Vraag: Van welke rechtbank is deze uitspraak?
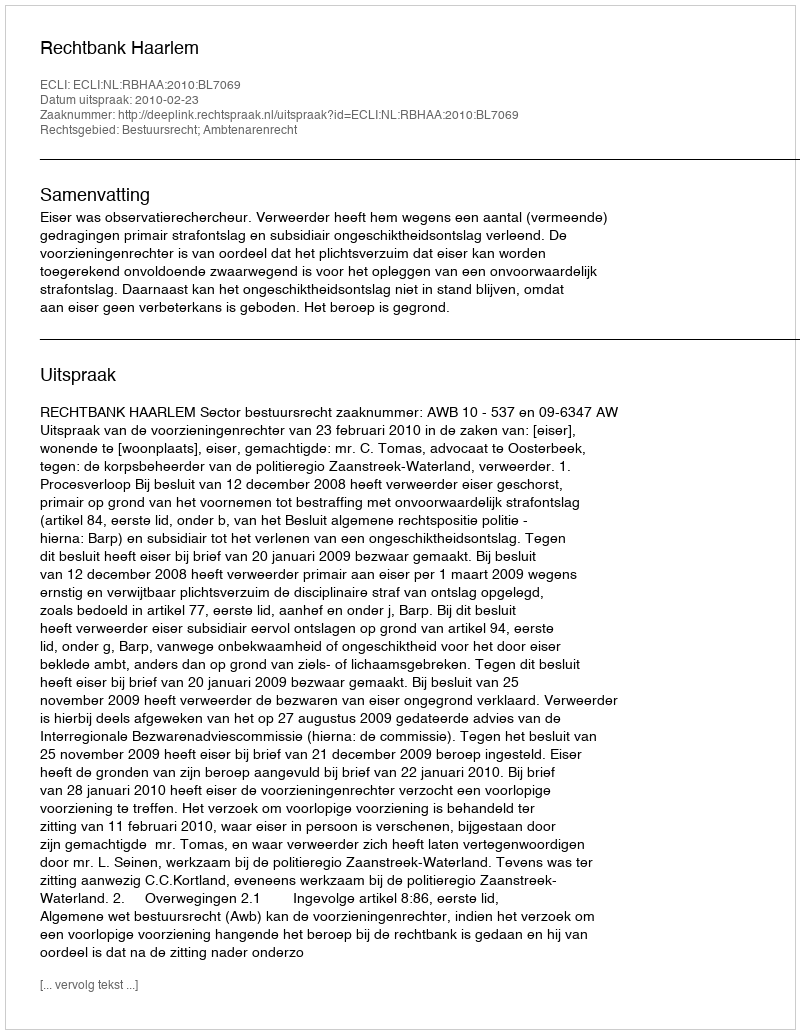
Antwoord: Rechtbank Haarlem